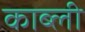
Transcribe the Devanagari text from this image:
काब्ली